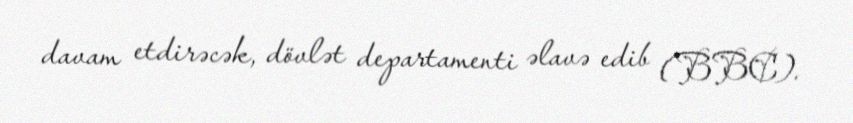
davam etdirəcək, dövlət departamenti əlavə edib (BBC).